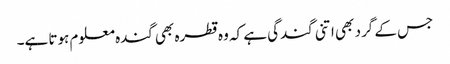
جس کے گرد بھی اتنی گندگی ہے کہ وہ قطرہ بھی گندہ معلوم ہوتا ہے۔